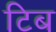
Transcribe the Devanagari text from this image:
टिब